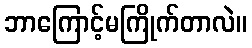
ဘာကြောင့်မကြိုက်တာလဲ။